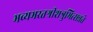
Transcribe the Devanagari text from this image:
भव्यभरतश्रीशत्रुभित्सन्नते